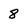
Character: 8